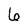
Character: 6